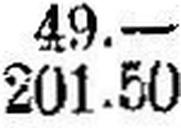
201.50